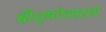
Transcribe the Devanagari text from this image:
श्रीधृष्णेश्वराचे